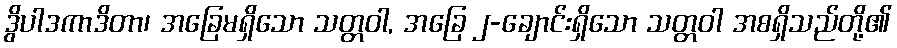
ဒွိပါဒကာဒိတာ၊ အခြေမရှိသော သတ္တဝါ, အခြေ ၂-ချောင်းရှိသော သတ္တဝါ အစရှိသည်တို့၏